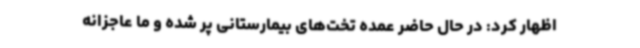
اظهار کرد: در حال حاضر عمده تخت‌های بیمارستانی پر شده و ما عاجزانه